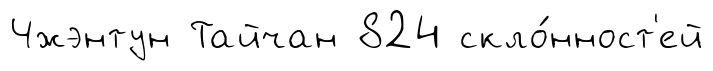
Чжэнтун Тайчан 824 скло́нност'ей